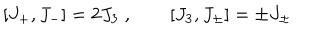
LaTeX: \lbrack J _ { + } , J _ { - } ] = 2 J _ { 3 } \; , \quad \quad \lbrack J _ { 3 } , J _ { \pm } ] = \pm J _ { \pm } \;